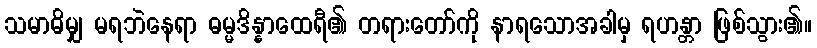
သမာဓိမျှ မရဘဲနေရာ ဓမ္မဒိန္နာထေရီ၏ တရားတော်ကို နာရသောအခါမှ ရဟန္တာ ဖြစ်သွား၏။